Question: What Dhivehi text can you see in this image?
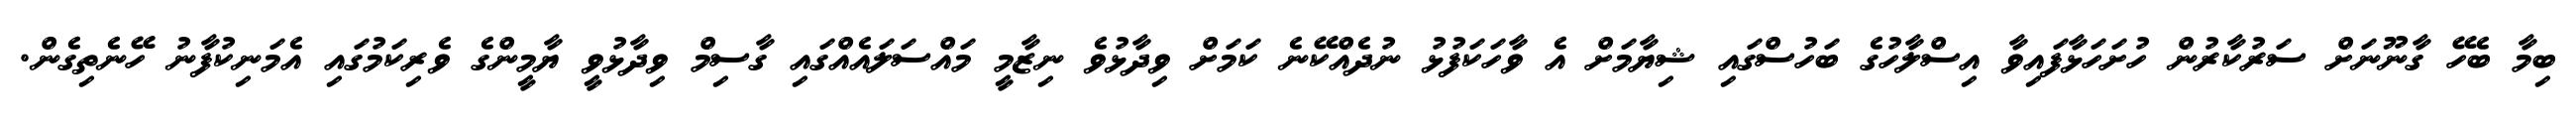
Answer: ބިމާ ބެހޭ ގާނޫނަށް ސަރުކާރުން ހުށަހަޅާފައިވާ އިސްލާހުގެ ބަހުސްގައި ޝިޔާމަށް އެ ވާހަކަފުޅު ނުދެއްކޭނެ ކަމަށް ވިދާޅުވެ ނިޒާމީ މައްސަލައެއްގައި ގާސިމް ވިދާޅުވީ ޔާމީންގެ ވެރިކަމުގައި އެމަނިކުފާނު ހޭނެތިގެން.